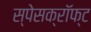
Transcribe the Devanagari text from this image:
स्पेसक्रॉफ्ट